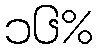
၁၆%